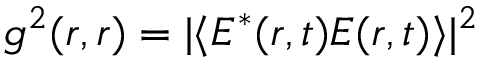
g ^ { 2 } ( r , r ) = | \langle E ^ { * } ( r , t ) E ( r , t ) \rangle | ^ { 2 }